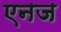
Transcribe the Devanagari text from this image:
एनज